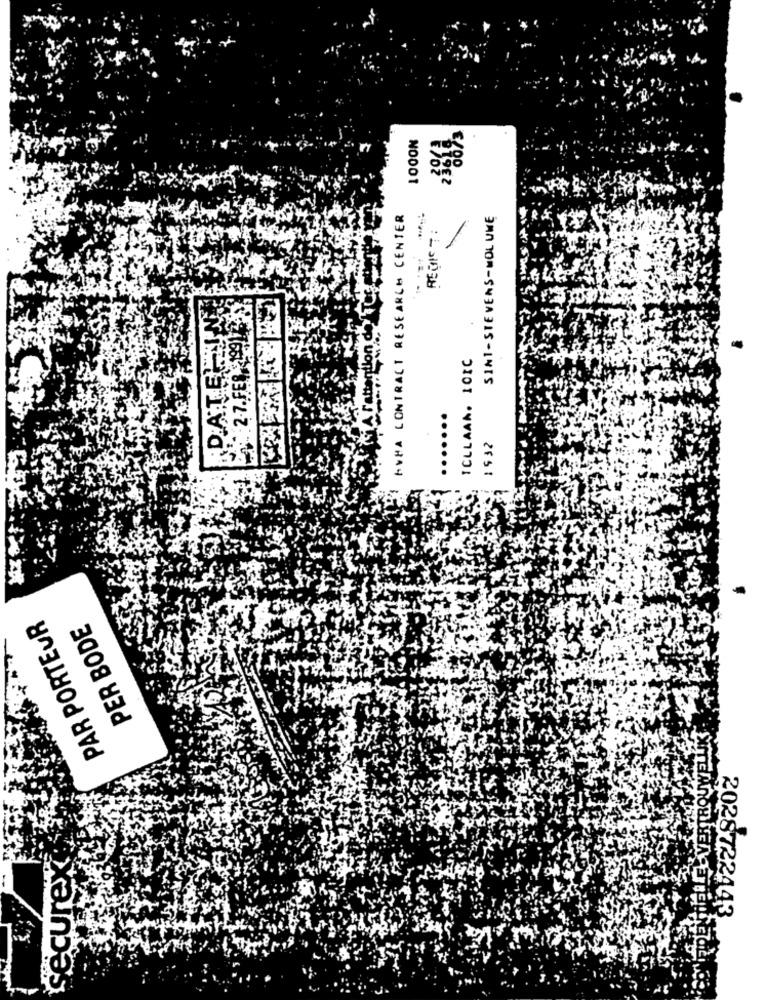
AVHA CONTRACT RESEARCH CENTER
SINT-STEVENS-MOL UME
REGIST:
1
: : 2.7. FER 1991/2.
ICLLAAN. 101C
Ar
...
1532
PAR PORTEUR
PER BODE
ELLE - VERTROUWEL
securex
2028722443